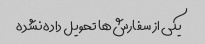
یکی از سفارش‌ها تحویل داده نشده